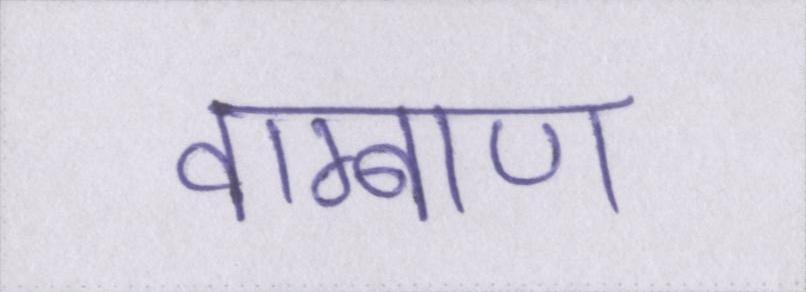
वाग्बाण